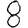
Digit: 8